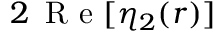
2 \, \mathrm { ~ R ~ e ~ } [ \eta _ { 2 } ( r ) ]